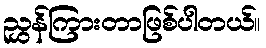
ညွှန်ကြားတာဖြစ်ပါတယ်။